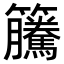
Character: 𥸎